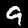
Label: 9